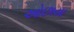
ઓછાયા